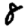
Digit: 8